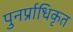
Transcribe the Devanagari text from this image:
पुनर्प्राधिकृत